Report on enteric fever
Disease focus: Fever
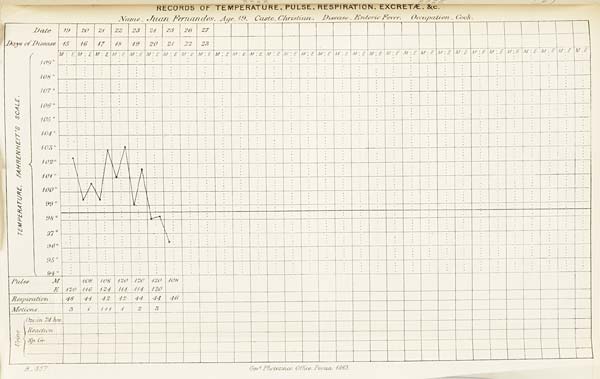
RECORD'S OF TEMPERATURE, PULSE, RESPIRATION, EXCRETÆ, &c.
Name Juan Fernandes. Age 19. Caste Christian. Disease Enteric Fever.
Occupation Cook.
B. 357. Govt. Photozinco: Office, Poona 1883.